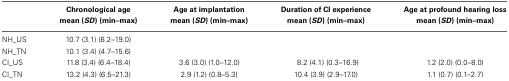
<table><thead><tr><td></td><td><b>Chronological age mean (<i>SD</i>) (min–max)</b></td><td><b>Age at implantation mean (<i>SD</i>) (min–max)</b></td><td><b>Duration of CI experience mean (<i>SD</i>) (min–max)</b></td><td><b>Age at profound hearing loss mean (<i>SD</i>) (min–max)</b></td></tr></thead><tbody><tr><td>NH_US</td><td>10.7 (3.1) (6.2–19.0)</td><td></td><td></td><td></td></tr><tr><td>NH_TN</td><td>10.1 (3.4) (4.7–15.6)</td><td></td><td></td><td></td></tr><tr><td>CI_US</td><td>11.8 (3.4) (6.4–18.4)</td><td>3.6 (3.0) (1.0–12.0)</td><td>8.2 (4.1) (0.3–16.9)</td><td>1.2 (2.0) (0.0–8.0)</td></tr><tr><td>CI_TN</td><td>13.2 (4.3) (6.5–21.3)</td><td>2.9 (1.2) (0.8–5.3)</td><td>10.4 (3.9) (2.9–17.0)</td><td>1.1 (0.7) (0.1–2.7)</td></tr></tbody></table>